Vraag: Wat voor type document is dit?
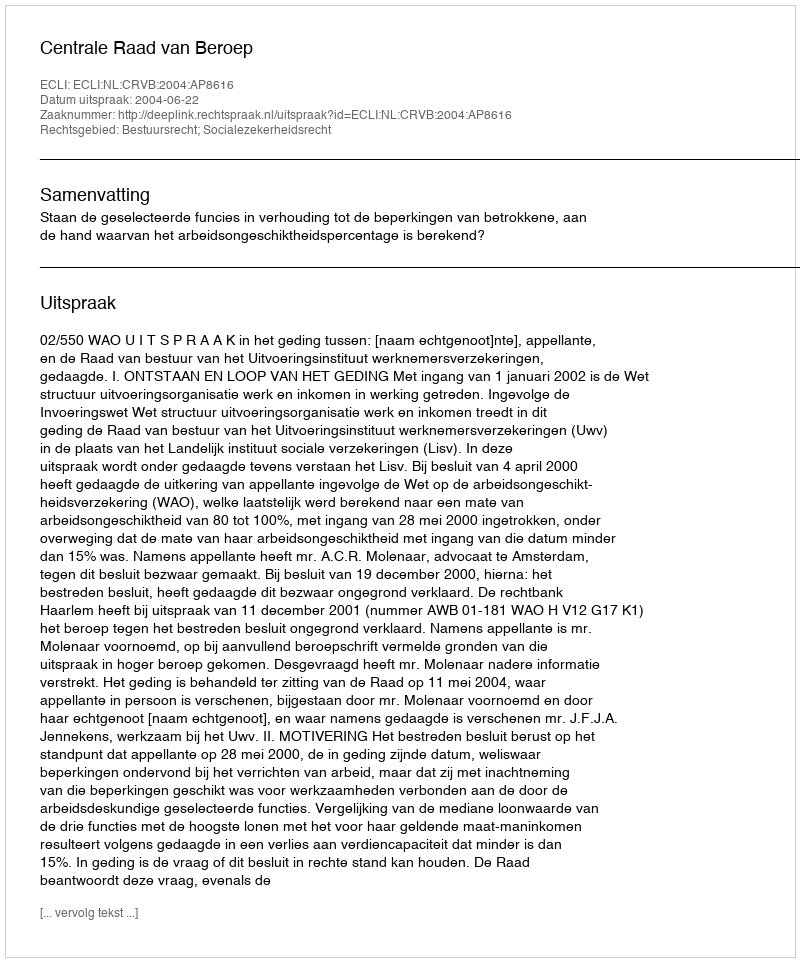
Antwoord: Uitspraak